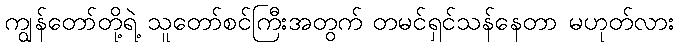
ကျွန်တော်တို့ရဲ့ သူတော်စင်ကြီးအတွက် တမင်ရှင်သန်နေတာ မဟုတ်လား